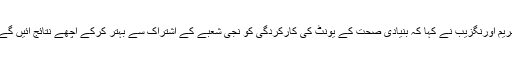
مریم اورنگزیب نے کہا کہ بنیادی صحت کے یونٹ کی کارکردگی کو نجی شعبے کے اشتراک سے بہتر کرکے اچھے نتائج آئیں گے۔